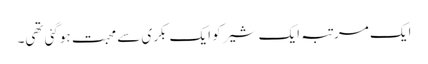
ایک مرتبہ ایک شیر کو ایک بکری سے محبت ہوگئی تھی۔